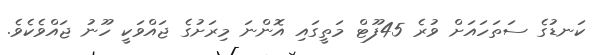
ކަނޑުގެ ސަތަހައަށް ވުރެ 45ފޫޓް މަތީގައި އޮންނަ މިރަށުގެ ޖައްވަކީ ހޫނު ޖައްވެކެވެ.